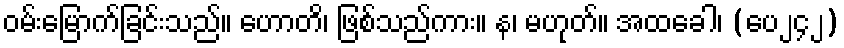
ဝမ်းမြောက်ခြင်းသည်။ ဟောတိ၊ ဖြစ်သည်ကား။ န၊ မဟုတ်။ အထခေါ၊ (ပေ၂၄၂)